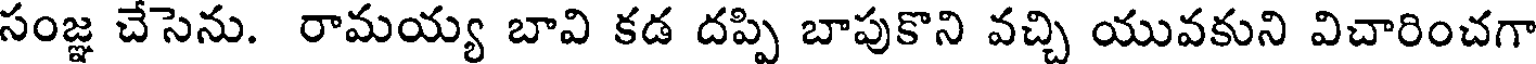
సంజ్ఞ చేసెను. రామయ్య బావి కడ దప్పి బాపుకొని వచ్చి యువకుని విచారించగా